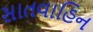
સાતવાહિન